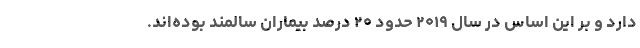
دارد و بر این اساس در سال ۲۰۱۹ حدود ۲۰ درصد بیماران سالمند بوده‌اند.